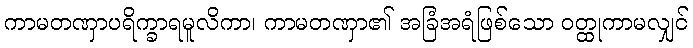
ကာမတဏှာပရိက္ခာရမူလိကာ၊ ကာမတဏှာ၏ အခြံအရံဖြစ်သော ဝတ္ထုကာမလျှင်